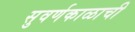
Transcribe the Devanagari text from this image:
सुवर्णकाळाची